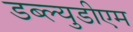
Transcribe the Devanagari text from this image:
डब्ल्युडीएम